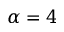
\alpha = 4